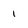
Character: 1